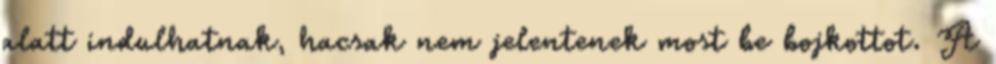
alatt indulhatnak, hacsak nem jelentenek most be bojkottot. A